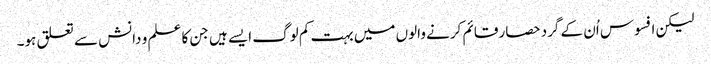
لیکن افسوس اُن کے گرد حصار قائم کرنے والوں میں بہت کم لوگ ایسے ہیں جن کا علم و دانش سے تعلق ہو۔